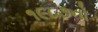
૧૯૮૭નો